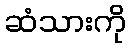
ဆံသားကို